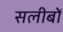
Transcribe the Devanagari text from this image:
सलीबों